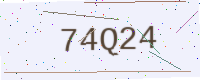
Text: 74Q24